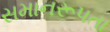
સમાનરૂપતા